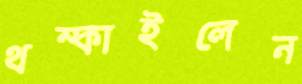
থম্‌কাইলেন